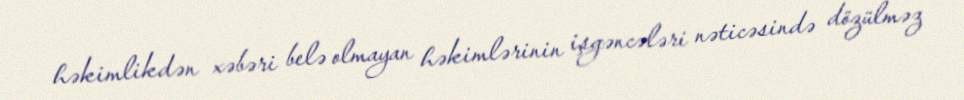
həkimlikdən xəbəri belə olmayan həkimlərinin işgəncələri nəticəsində dözülməz